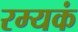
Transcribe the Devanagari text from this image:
रम्यकं